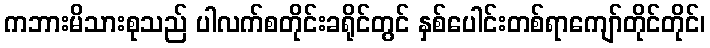
ကဘားမိသားစုသည် ပါလက်စတိုင်းခရိုင်တွင် နှစ်ပေါင်းတစ်ရာကျော်တိုင်တိုင်၊